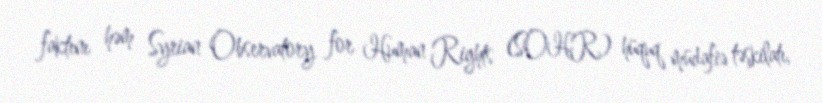
faktını həm Syrian Observatory for Human Rights (SOHR) hüquq müdafiə təşkilatı,